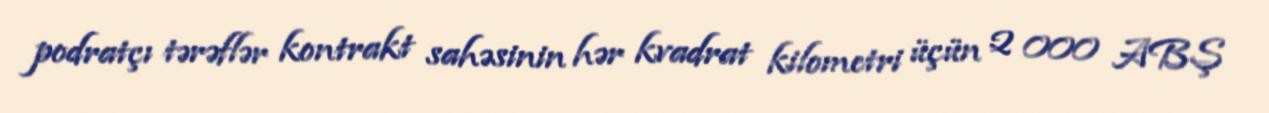
podratçı tərəflər kontrakt sahəsinin hər kvadrat kilometri üçün 2 000 ABŞ